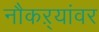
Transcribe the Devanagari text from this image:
नौकऱ्यांवर